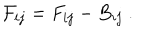
LaTeX: { \cal F } _ { i j } = F _ { i j } - B _ { i j } \ .